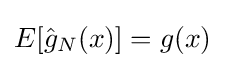
E[{\hat {g}}_{N}(x)]=g(x)